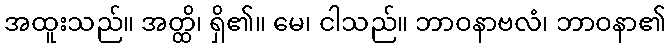
အထူးသည်။ အတ္ထိ၊ ရှိ၏။ မေ၊ ငါသည်။ ဘာဝနာဗလံ၊ ဘာဝနာ၏